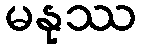
မနုဿ